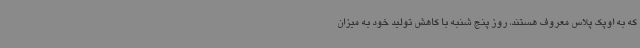
که به اوپک پلاس معروف هستند، روز پنج شنبه با کاهش تولید خود به میزان